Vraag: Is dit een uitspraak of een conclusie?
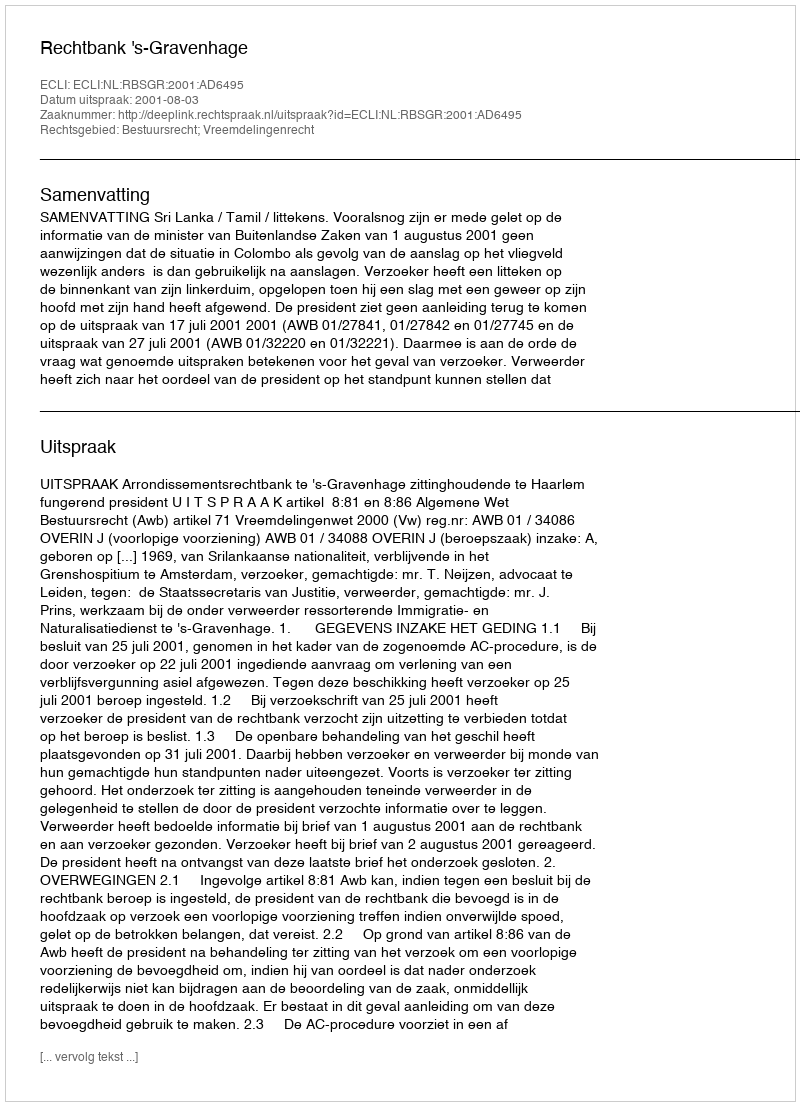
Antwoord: Uitspraak